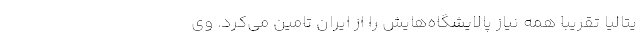
یتالیا تقریبا همه نیاز پالایشگاه‌هایش را از ایران تامین می‌کرد. وی